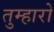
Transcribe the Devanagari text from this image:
तुम्‍हारो